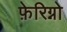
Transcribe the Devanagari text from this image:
फ़ेरिग्नो